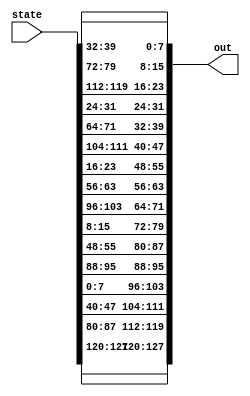
module ShiftRows(
input [127:0] state,
output [127:0] out    
);

wire [7:0]b0;
wire [7:0]b1;
wire [7:0]b2;
wire [7:0]b3;

wire [7:0]b4;
wire [7:0]b5;
wire [7:0]b6;
wire [7:0]b7;

wire [7:0]b8;
wire [7:0]b9;
wire [7:0]b10;
wire [7:0]b11;

wire [7:0]b12;
wire [7:0]b13;
wire [7:0]b14;
wire [7:0]b15;

//copying col1
assign b0=state[127-(0*8)-:8];
assign b1=state[127-(1*8)-:8];
assign b2=state[127-(2*8)-:8];
assign b3=state[127-(3*8)-:8];

//copying col2
assign b4=state[95-(0*8)-:8];
assign b5=state[95-(1*8)-:8];
assign b6=state[95-(2*8)-:8];
assign b7=state[95-(3*8)-:8];

//copying col3
assign b8=state[63-(0*8)-:8];
assign b9=state[63-(1*8)-:8];
assign b10=state[63-(2*8)-:8];
assign b11=state[63-(3*8)-:8];

//copying col4
assign b12=state[31-(0*8)-:8];
assign b13=state[31-(1*8)-:8];
assign b14=state[31-(2*8)-:8];
assign b15=state[31-(3*8)-:8];

//setting out

//col1
assign out[127-(0*8)-:8]=b0;
assign out[127-(1*8)-:8]=b5;
assign out[127-(2*8)-:8]=b10;
assign out[127-(3*8)-:8]=b15;

//col2
assign out[95-(0*8)-:8]=b4;
assign out[95-(1*8)-:8]=b9;
assign out[95-(2*8)-:8]=b14;
assign out[95-(3*8)-:8]=b3;

//col3
assign out[63-(0*8)-:8]=b8;
assign out[63-(1*8)-:8]=b13;
assign out[63-(2*8)-:8]=b2;
assign out[63-(3*8)-:8]=b7;

//col4
assign out[31-(0*8)-:8]=b12;
assign out[31-(1*8)-:8]=b1;
assign out[31-(2*8)-:8]=b6;
assign out[31-(3*8)-:8]=b11;

endmodule